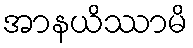
အာနယိဿာမိ